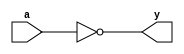
module tri_inv(
   y,
   a
);
   parameter                      WIDTH = 1;
   parameter                      BTR = "INV_X2M_NONE";  //Specify full BTR name, else let tool select
   output [0:WIDTH-1]  y;
   input [0:WIDTH-1]   a;

   // tri_nand2
   genvar 	       i;

   generate
      begin : t
	 for (i = 0; i < WIDTH; i = i + 1)
	   begin : w

	      not I0(y[i], a[i]);

	   end // block: w
      end

   endgenerate
endmodule